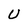
Character: U